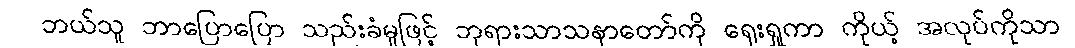
ဘယ်သူ ဘာပြောပြော သည်းခံမှုဖြင့် ဘုရားသာသနာတော်ကို ရှေးရှုကာ ကိုယ့် အလုပ်ကိုသာ